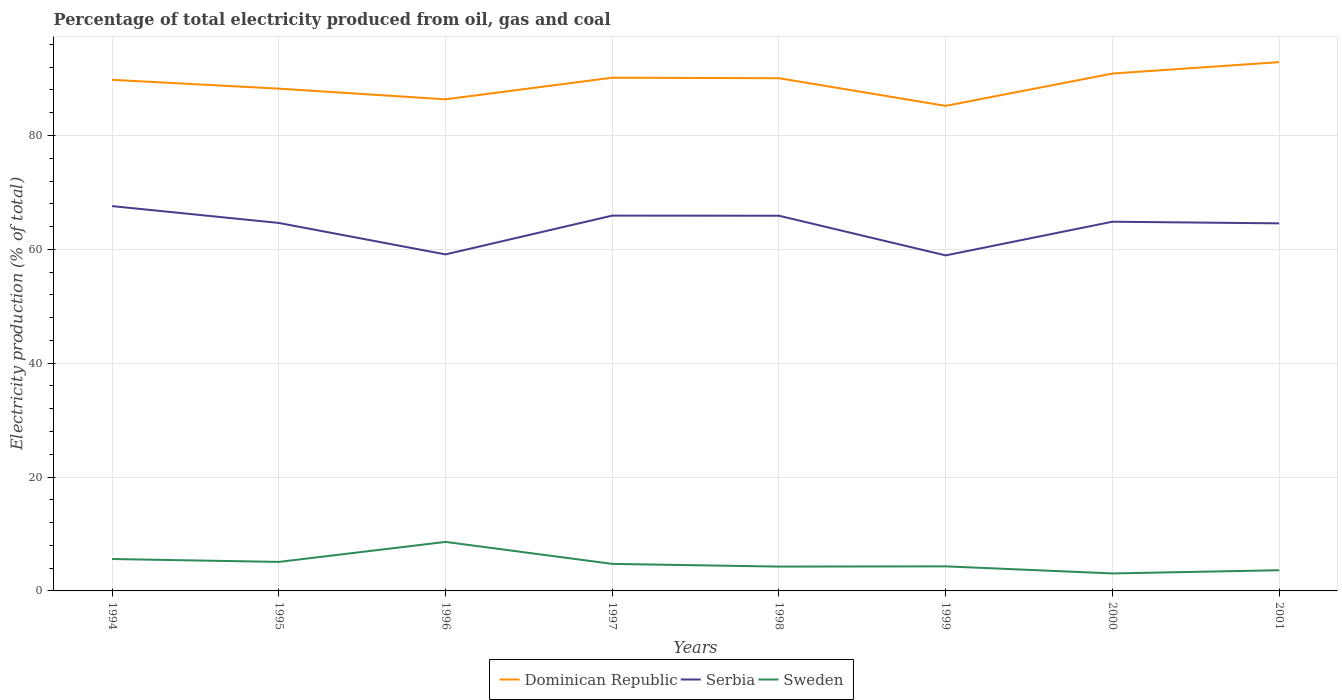
| Years | Dominican Republic | Serbia | Sweden |
 | --- | --- | --- | --- |
 | 1994 | 89.8 | 67.6 | 5.6 |
 | 1995 | 88.2 | 64.6 | 5.1 |
 | 1996 | 86.3 | 59.1 | 8.61 |
 | 1997 | 90.1 | 65.9 | 4.75 |
 | 1998 | 90.1 | 65.9 | 4.27 |
 | 1999 | 85.2 | 58.9 | 4.31 |
 | 2000 | 90.9 | 64.9 | 3.07 |
 | 2001 | 92.9 | 64.6 | 3.63 |